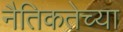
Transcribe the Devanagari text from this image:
नैतिकतेच्या